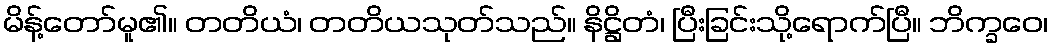
မိန့်တော်မူ၏။ တတိယံ၊ တတိယသုတ်သည်။ နိဋ္ဌိတံ၊ ပြီးခြင်းသို့ရောက်ပြီ။ ဘိက္ခဝေ၊